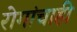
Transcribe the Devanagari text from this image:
रोगांचाही